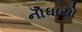
નોઁધાયો